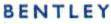
BENTLEY